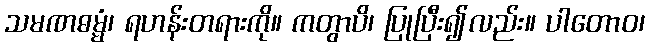
သမဏဓမ္မံ၊ ရဟန်းတရားကို။ ကတွာပိ၊ ပြုပြီး၍လည်း။ ပါတောဝ၊